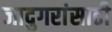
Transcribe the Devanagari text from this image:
जादुगरांसाठी